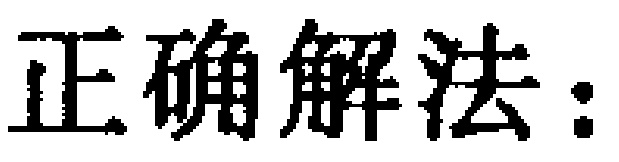
15. 函数\(y = x + \lg\frac{1 + x}{1 - x}\)的奇偶性是 （  ）